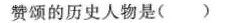
赞颂的历史人物是( )